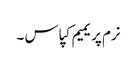
نرم پریمیم کپاس ۔